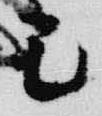
己